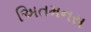
અિતમનસ